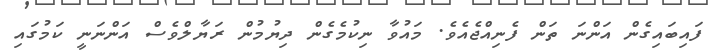
ފައިބައިގެން އަންނަ ތަން ފެނިއްޖެއެވެ. މައުވާ ނިކުމެގެން ދިޔުމުން ރަޔާލްވެސް އަންނަނީ ކަމުގައި